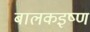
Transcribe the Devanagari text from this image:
बालकइष्ण